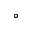
^ \circ